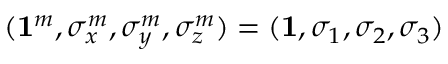
( { \bf 1 } ^ { m } , \sigma _ { x } ^ { m } , \sigma _ { y } ^ { m } , \sigma _ { z } ^ { m } ) = ( { \bf 1 } , \sigma _ { 1 } , \sigma _ { 2 } , \sigma _ { 3 } )